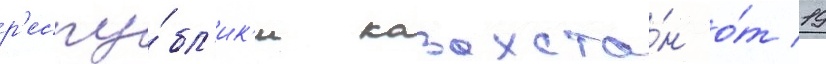
р'еспу́бл'ик'и казахста́н о́т 19